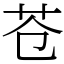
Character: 苍